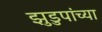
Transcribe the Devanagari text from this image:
झुडुपांच्या